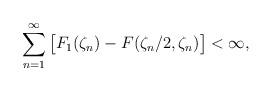
LaTeX: \begin{align*}\sum_{n=1}^\infty \big[F_1(\zeta_n)-F(\zeta_n/2,\zeta_n)\big]<\infty,\end{align*}